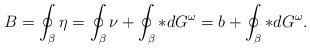
LaTeX: \begin{align*}B= \oint_\beta \eta = \oint_\beta \nu+ \oint_\beta *dG^\omega=b + \oint_\beta *dG^\omega.\end{align*}